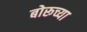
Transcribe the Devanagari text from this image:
बोरूच्या